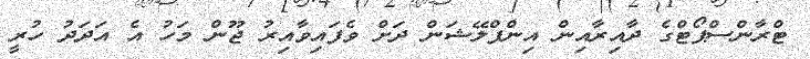
ޓްރާންސްޕޯޓްގެ ދާއިރާއިން އިންފްލޭޝަން ދަށް ވެފައިވާއިރު ޖޫން މަހު އެ އަދަދު ހުރީ